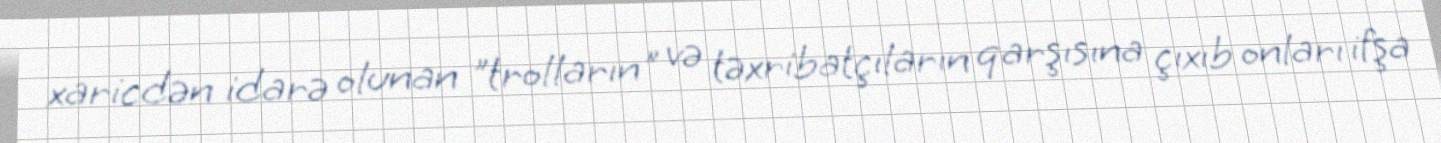
xaricdən idarə olunan "trolların" və təxribatçıların qarşısına çıxıb onları ifşa